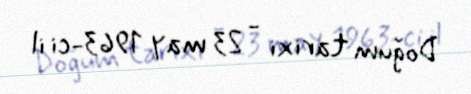
Doğum tarixi - 23 may 1963-ci il